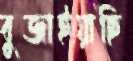
বুজাইয়াছি